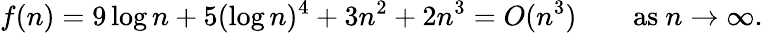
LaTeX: f(n)=9\log n+5(\log n)^{4}+3n^{2}+2n^{3}=O(n^{3})\qquad{\mathrm{as~}}n\to\infty.